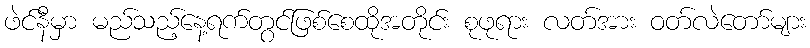
ဖဲင်နီမှာ မည်သည့်နေ့ရက်တွင်ဖြစ်စေထိုအတိုင်း စုဖုရား လတ်အား ဝတ်လဲတော်များ